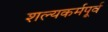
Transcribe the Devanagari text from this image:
शल्यकर्मपूर्व